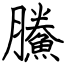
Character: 鰧